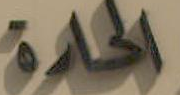
الحادة